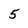
Character: 5